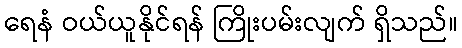
ရေနံ ဝယ်ယူနိုင်ရန် ကြိုးပမ်းလျက် ရှိသည်။